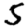
Digit: 5